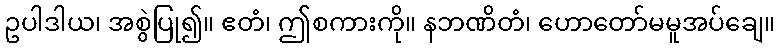
ဥပါဒါယ၊ အစွဲပြု၍။ ဧတံ၊ ဤစကားကို။ နဘဏိတံ၊ ဟောတော်မမူအပ်ချေ။